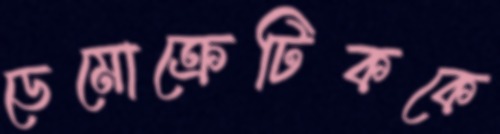
ডেমোক্রেটিককে